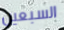
السبعين